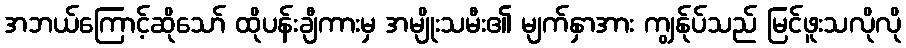
အဘယ်ကြောင့်ဆိုသော် ထိုပန်းချီကားမှ အမျိုးသမီး၏ မျက်နှာအား ကျွန်ုပ်သည် မြင်ဖူးသလိုလို